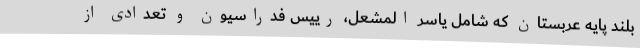
بلند پایه عربستان که شامل یاسر المشعل، رییس فدراسیون و تعدادی از